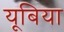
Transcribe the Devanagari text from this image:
यूबिया